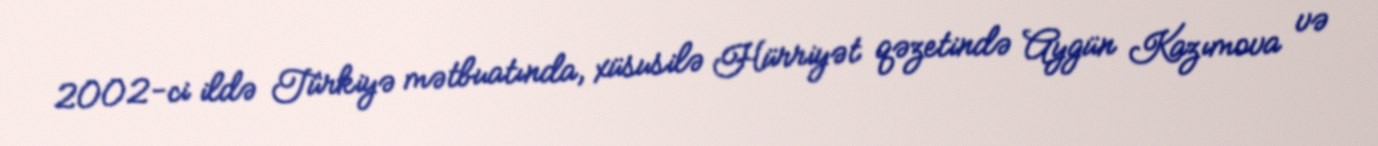
2002-ci ildə Türkiyə mətbuatında, xüsusilə Hürriyət qəzetində Aygün Kazımova və